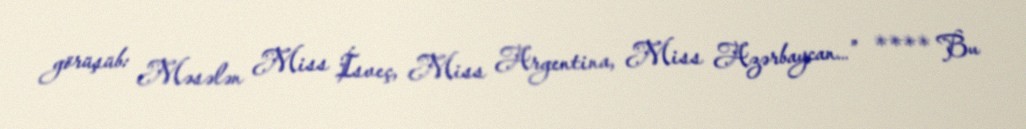
görüşüb: Məsələn Miss İsveç, Miss Argentina, Miss Azərbaycan…” **** Bu